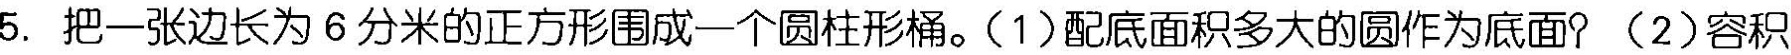
5.把一张边长为6分米的正方形围成一个圆柱形桶。(1)配底面积多大的圆作为底面?(2)容积